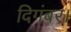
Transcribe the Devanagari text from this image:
दिगंबर।